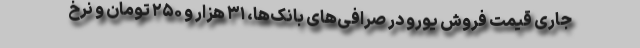
جاری قیمت فروش یورو در صرافی‌های بانک‌ها، ۳۱ هزار و ۲۵۰ تومان و نرخ